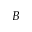
B